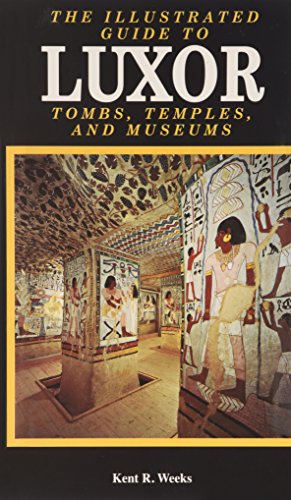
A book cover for Illustrated Guide To Luxor And The Valley Of The  Kings; Kent R. Weeks; Travel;